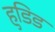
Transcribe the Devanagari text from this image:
हुडिड